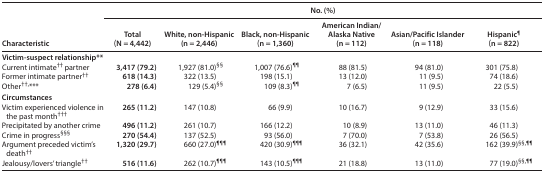
<table><thead><tr><td rowspan="2"><b>Characteristic</b></td><td colspan="6"><b>No. (%)</b></td></tr><tr><td><b>Total (N = 4,442)</b></td><td><b>White, non-Hispanic (n = 2,446)</b></td><td><b>Black, non-Hispanic (n = 1,360)</b></td><td><b>American Indian/Alaska Native (n = 112)</b></td><td><b>Asian/Pacific Islander (n = 118)</b></td><td><b>Hispanic<sup>¶</sup> (n = 822)</b></td></tr></thead><tbody><tr><td colspan="7"><b>Victim-suspect relationship**</b></td></tr><tr><td>Current intimate<sup>††</sup> partner</td><td><b>3,417 (79.2)</b></td><td>1,927 (81.0)<sup>§§</sup></td><td>1,007 (76.6)<sup>¶¶</sup></td><td>88 (81.5)</td><td>94 (81.0)</td><td>301 (75.8)</td></tr><tr><td>Former intimate partner<sup>††</sup></td><td><b>618 (14.3)</b></td><td>322 (13.5)</td><td>198 (15.1)</td><td>13 (12.0)</td><td>11 (9.5)</td><td>74 (18.6)</td></tr><tr><td>Other<sup>††,</sup>***</td><td><b>278 (6.4)</b></td><td>129 (5.4)<sup>§§</sup></td><td>109 (8.3)<sup>¶¶</sup></td><td>7 (6.5)</td><td>11 (9.5)</td><td>22 (5.5)</td></tr><tr><td colspan="7"><b>Circumstances</b></td></tr><tr><td>Victim experienced violence in the past month<sup>†††</sup></td><td><b>265 (11.2)</b></td><td>147 (10.8)</td><td>66 (9.9)</td><td>10 (16.7)</td><td>9 (12.9)</td><td>33 (15.6)</td></tr><tr><td>Precipitated by another crime</td><td><b>496 (11.2)</b></td><td>261 (10.7)</td><td>166 (12.2)</td><td>10 (8.9)</td><td>13 (11.0)</td><td>46 (11.3)</td></tr><tr><td>Crime in progress<sup>§§§</sup></td><td><b>270 (54.4)</b></td><td>137 (52.5)</td><td>93 (56.0)</td><td>7 (70.0)</td><td>7 (53.8)</td><td>26 (56.5)</td></tr><tr><td>Argument preceded victim&#x27;s death<sup>††</sup></td><td><b>1,320 (29.7)</b></td><td>660 (27.0)<sup>¶¶¶</sup></td><td>420 (30.9)<sup>¶¶¶</sup></td><td>36 (32.1)</td><td>42 (35.6)</td><td>162 (39.9)<sup>§§,¶¶</sup></td></tr><tr><td>Jealousy/Lovers&#x27; triangle<sup>††</sup></td><td><b>516 (11.6)</b></td><td>262 (10.7)<sup>¶¶¶</sup></td><td>143 (10.5)<sup>¶¶¶</sup></td><td>21 (18.8)</td><td>13 (11.0)</td><td>77 (19.0)<sup>§§,¶¶</sup></td></tr></tbody></table>